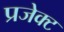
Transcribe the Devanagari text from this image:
प्रजेक्ट